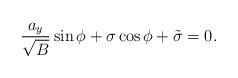
LaTeX: \begin{align*}\frac{a_y}{\sqrt B}\sin\phi+\sigma\cos\phi+\tilde\sigma=0.\end{align*}